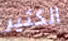
الكثير